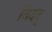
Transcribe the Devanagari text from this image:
बिददु